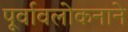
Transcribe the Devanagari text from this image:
पूर्वावलोकनाने